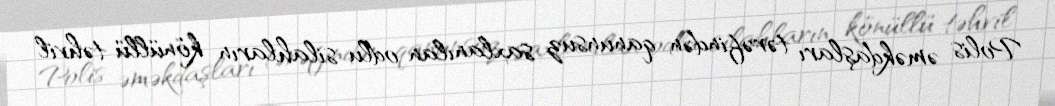
Polis əməkdaşları tərəfindən qanunsuz saxlanılan odlu silahların könüllü təhvil